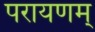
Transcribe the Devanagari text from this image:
परायणम्